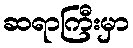
ဆရာကြီးမှာ